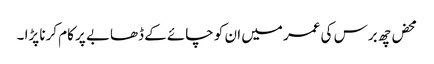
محض چھ برس کی عمر میں ان کو چائے کے ڈھابے پر کام کرنا پڑا ۔